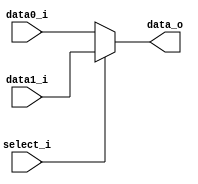
`timescale 1ns/1ps

module MUX_2to1(
    input       [32-1:0] data0_i,
    input       [32-1:0] data1_i,
    input                select_i,
    output reg  [32-1:0] data_o
);
/* Write your code HERE */

always @(*) begin
    data_o <= (select_i == 0) ? data0_i : data1_i;
end

endmodule